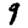
Digit: 9